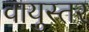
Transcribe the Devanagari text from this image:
वायुस्तर